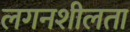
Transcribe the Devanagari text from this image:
लगनशीलता